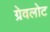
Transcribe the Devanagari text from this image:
ग्रेवलोट